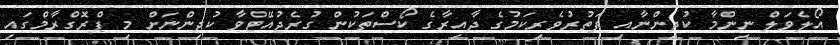
އޯލެވަލް ނިންމާ ކުދިންނާއި ފަތުރުވެރިކަމުގެ ދާއިރާގެ ކޯސްތަކުން ގުރެޖުއޭޓްވާ ކުދިންނަށް މި ޕްރޮގްރާމްގައި